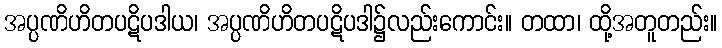
အပ္ပဏိဟိတပဋိပဒါယ၊ အပ္ပဏိဟိတပဋိပဒါ၌လည်းကောင်း။ တထာ၊ ထို့အတူတည်း။